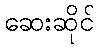
ဆေးဆိုင်